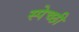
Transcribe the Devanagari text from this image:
स्पेच्छी